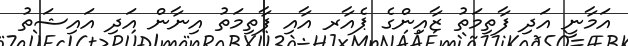
އަމާނީ އަދި ފާތިމަތު ޒާއިންގެ ޕެއާރ އާއި ފާތިމަތު އިނާން އަދި އައިޝަތު